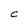
Character: C